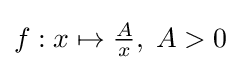
f:x\mapsto {\tfrac {A}{x}},\;A>0\;